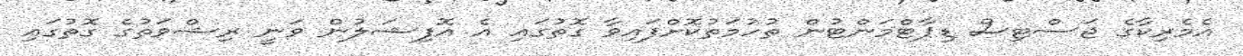
އެމެރިކާގެ ޖަސްޓިސް ޑިޕާޓްމަންޓުން ތުހުމަތުކޮށްފައިވާ ގޮތުގައި އެ އޮފިޝަލުން ވަނީ ރިޝްވަތުގެ ގޮތުގައި